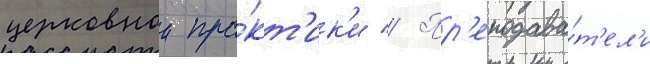
церковнои пра́кт'ик'и // Пр'еподава́т'ел'и